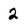
Character: 2